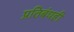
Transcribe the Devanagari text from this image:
प्रतिबंधही